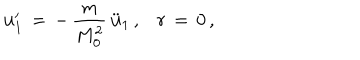
{ \bf u } _ { 1 } ^ { \prime } \, = \, - \, \frac { m } { M _ { 0 } ^ { 2 } } \, \ddot { \bf u } _ { 1 } \, { , } \quad r \, = \, 0 \, { , }